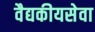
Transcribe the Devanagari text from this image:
वैद्यकीयसेवा